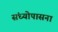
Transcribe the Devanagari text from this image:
संध्योपासना